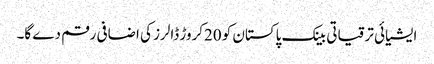
ایشیائی ترقیاتی بینک پاکستان کو 20کروڑ ڈالرز کی اضافی رقم دے گا۔